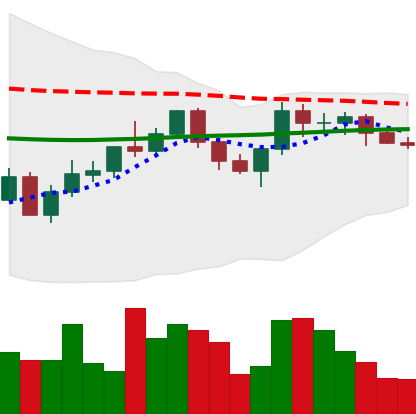
Ticker: XMR-USD
Chart end date: 2022-06-05
Forward return: -7.505%
Label: down_7plus